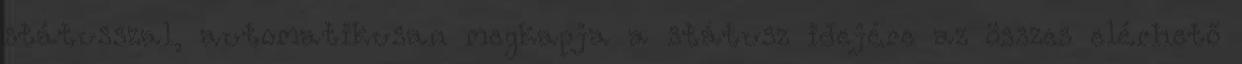
státusszal, automatikusan megkapja a státusz idejére az összes elérhető